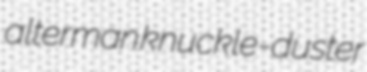
alterman knuckle-duster